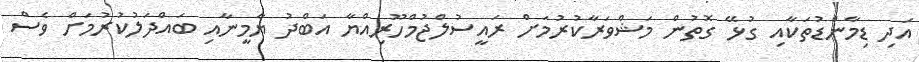
އަދި ޑިމާންޑުތަކާއި ގުޅޭ ގޮތުން މަޝްވަރާކުރުމަށް ރައީސުލްޖުމްހޫރިއްޔާ އަބްދު ޔާމީނާއި ބައްދަލުކުރުމަށް ވެސް